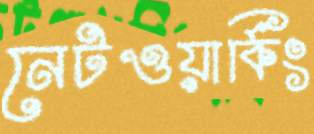
নেটওয়ার্কিং